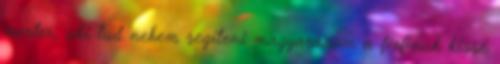
mester, aki tud nekem segíteni magyarázom a férfinak kissé